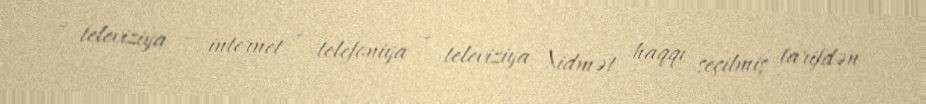
+ televiziya – internet + telefoniya + televiziya Xidmət haqqı seçilmiş tarifdən